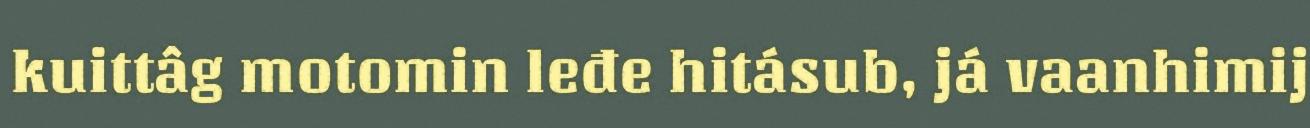
kuittâg motomin leđe hitásub, já vaanhimij